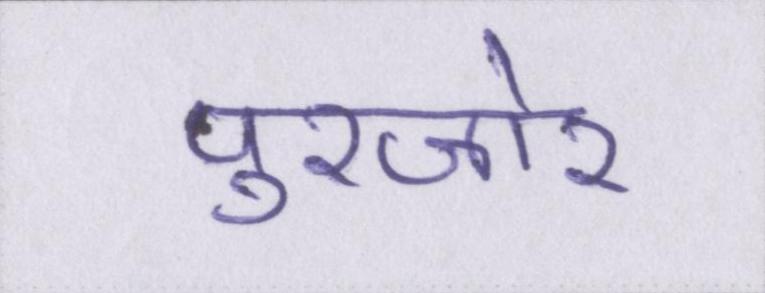
पुरजोर